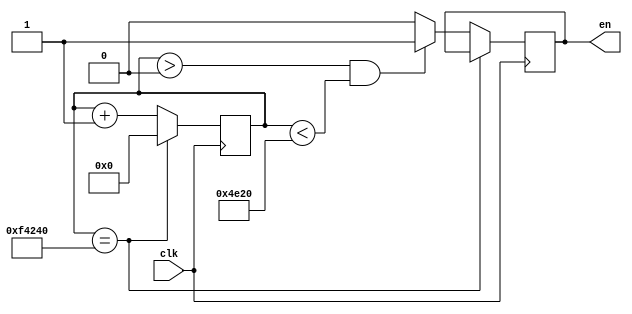
module  en(clk,en);

input clk;
output en;

reg [32:0]count;
reg en_buf;
always@(posedge clk)
begin
   count <= count + 1'b1;
	if(count == 1000000)
	     count <= 0;
	else if(count > 0 && count < 20000)
	     en_buf <= 1;
		 else en_buf <= 0;
end

assign en = en_buf;
endmodule